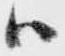
ハ